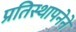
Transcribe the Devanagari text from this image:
प्रतिस्थापनेने